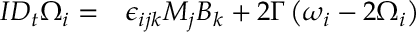
\begin{array} { r l } { I D _ { t } \Omega _ { i } = } & { { } \epsilon _ { i j k } M _ { j } B _ { k } + 2 \Gamma \left( \omega _ { i } - 2 \Omega _ { i } \right) } \end{array}